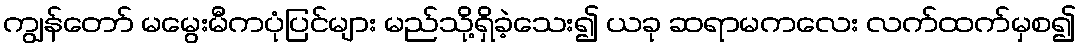
ကျွန်တော် မမွေးမီကပုံပြင်များ မည်သို့ရှိခဲ့သေး၍ ယခု ဆရာမကလေး လက်ထက်မှစ၍